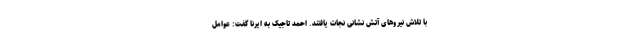
با تلاش نیروهای آتش‌ نشانی نجات یافتند. احمد تاجیک به ایرنا گفت: عوامل